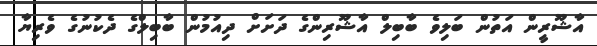
އާޝޫރީން އަތުން ބަލިވެ ބާބިލް އާޝޫރިންގެ ދަށަށް ދިއުމުން ބާބިލްގެ ދެކުނުގެ ވެރިޔާ